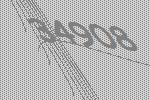
34908